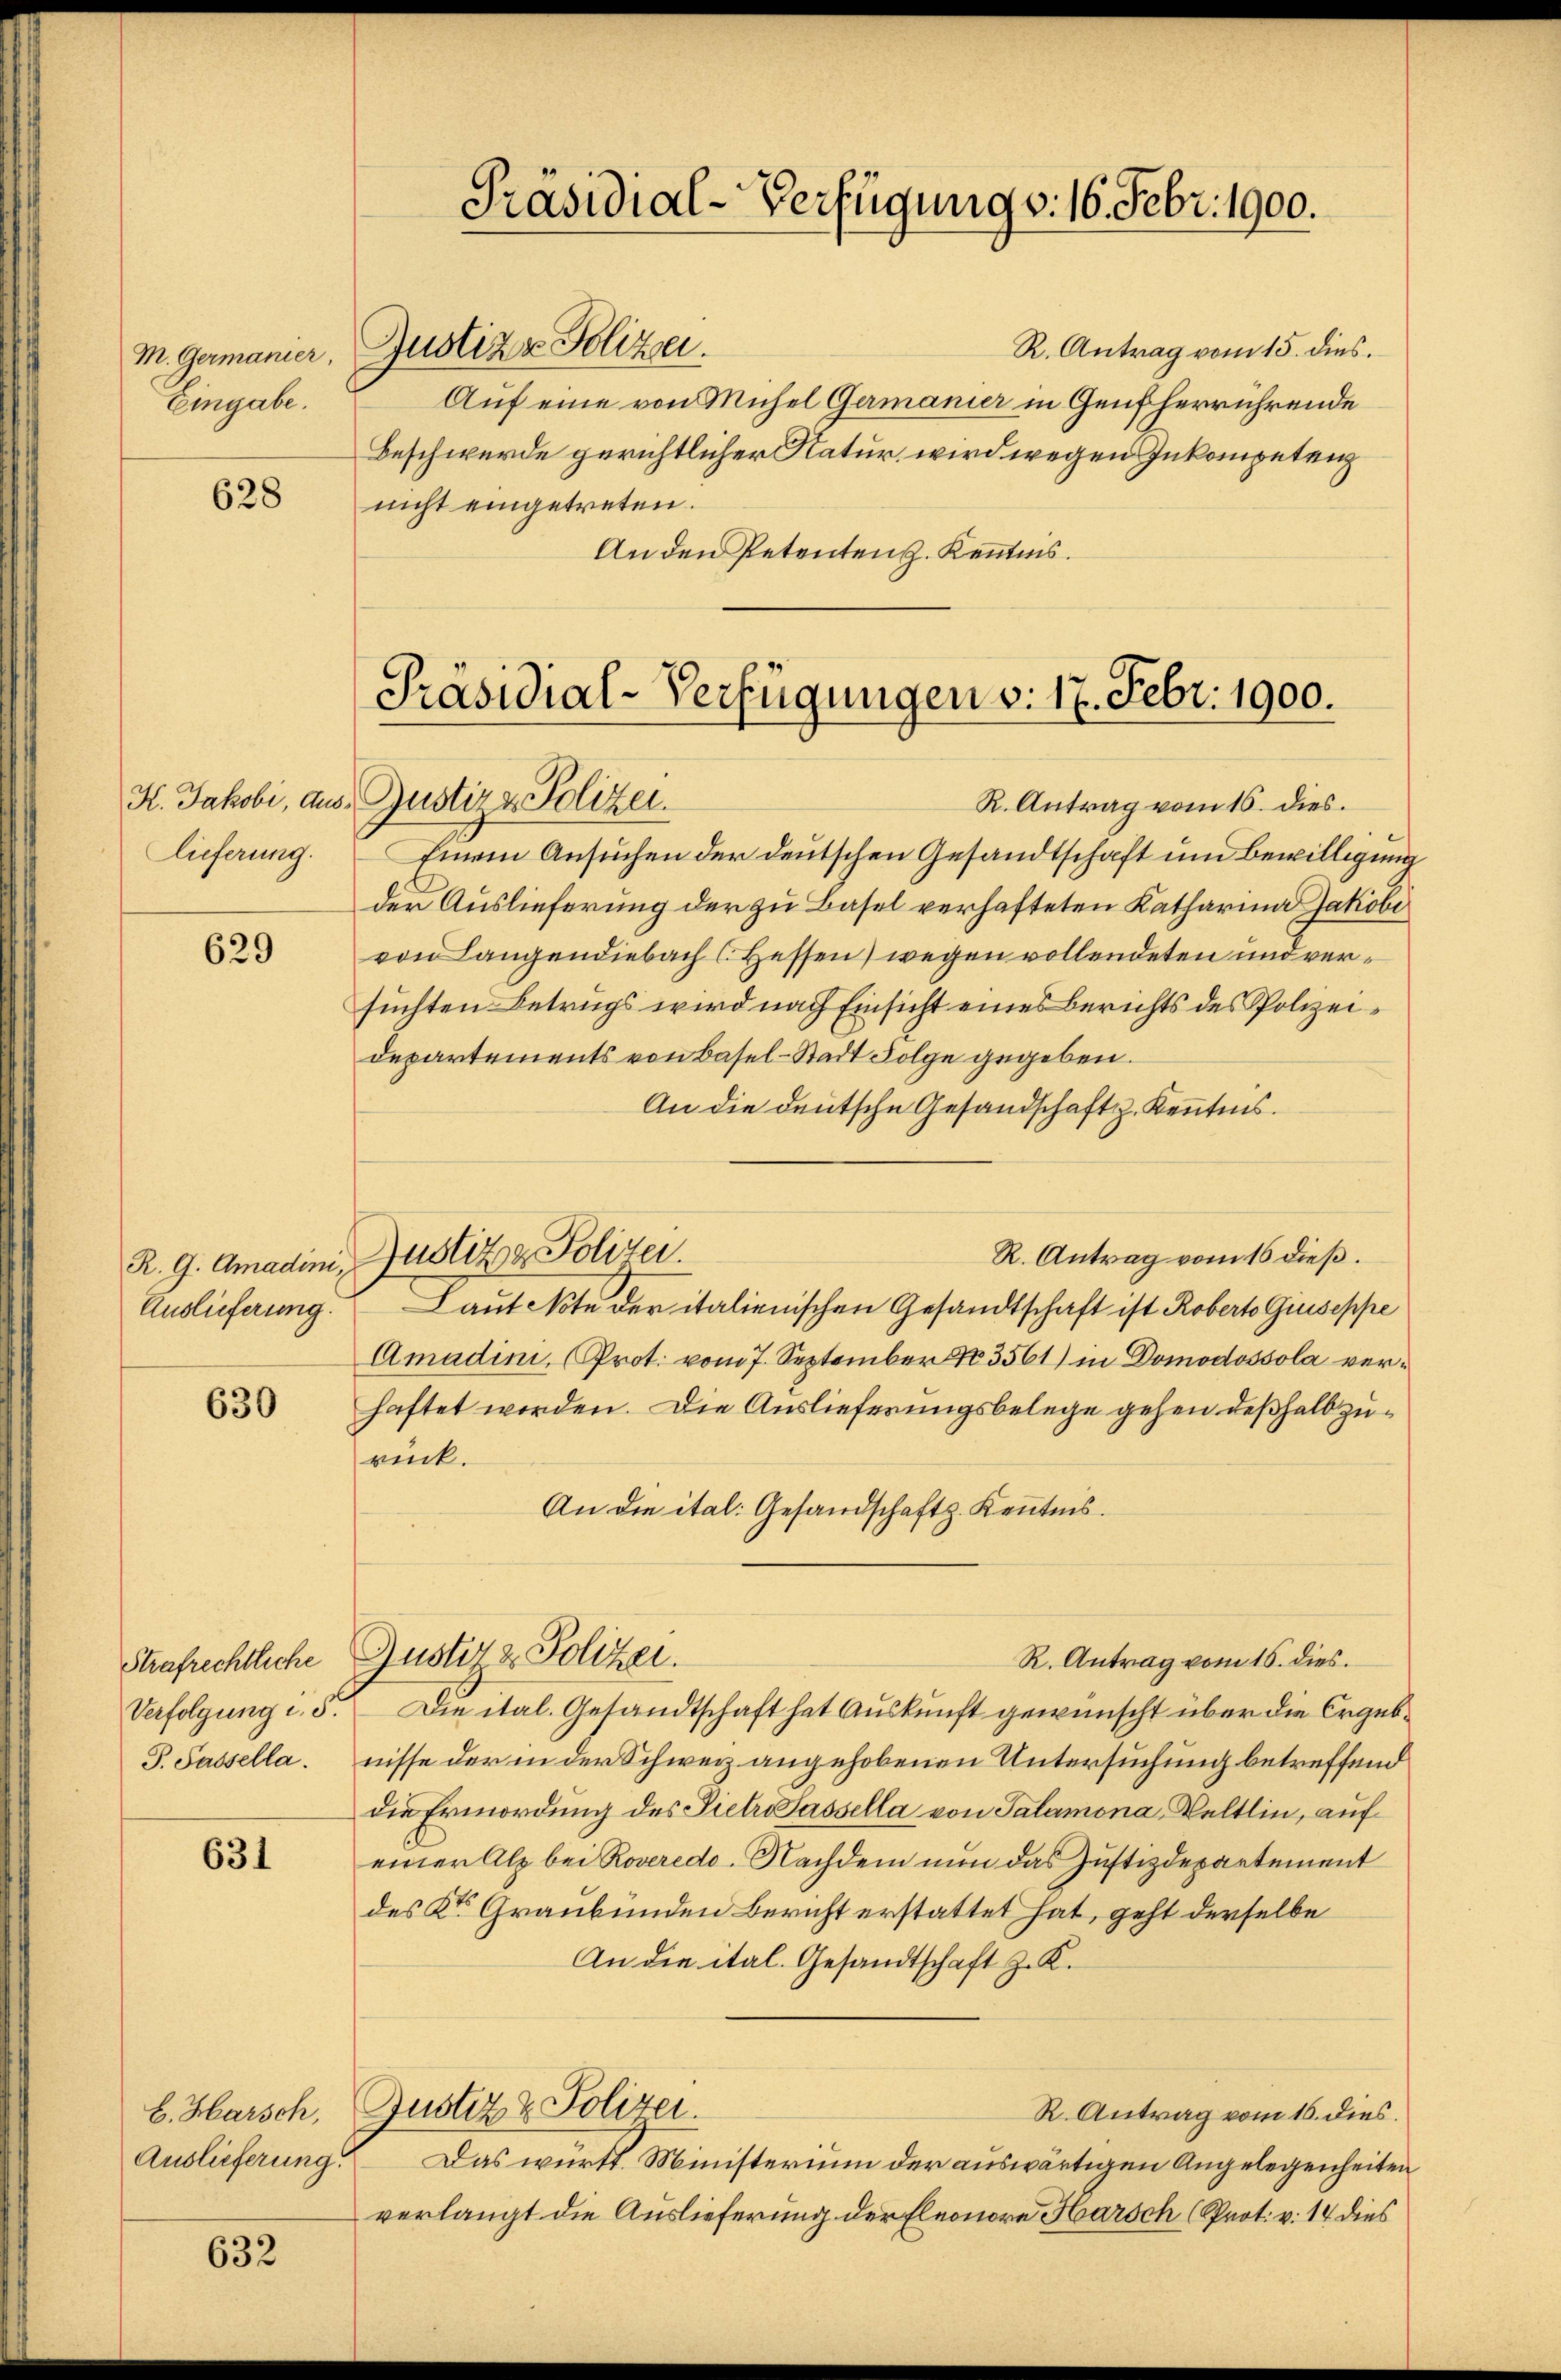
M. Germanier.
Eingabe.

628

lieferung.

629

R. G. Amadini,
Auslieferung.

630

Strafrechtliche
Verfolgung d. 5.
P. Passella.

631

E. Harsch,
Auslieferung.

632

R. Antrag vom 15. dies.
Justiz & Polizei.
Auf eine von Michel Germanier in Genfherrührende
Beschwerde gerichtlicher Natur, wird wegen Inkompetenz
nicht eingetreten.
An den Petenten z. Kenntnis.

Präsidial-Verfügung d. 16. Febr. 1900.

Präsidial-Verfügungen v. 17. Febr. 1900.
K. Jakobi, aus Justiz & Polizei.
R. Antrag vom 16. dies.

Einem Ansuchen der deutschen Gesandtschaft und bewilligung
der Auslieferung der zu Basel verhafteten Katharina Jakobi
von Langendiebach (Hessen) wegen vollendeten und versuchten Betrugs wird nach Einsicht eines Berichts des Polizeidepartements von Basel-Stadt Folge gegeben.
An die deutsche Gesandschaft z. Kenntnis.
R. Antrag vom 16 dieß.
Justiz & Polizei.
Kautete der italienischen Gesandtschaft ist Roberto Giuseppe
Amadini, (Prot. vom 7. September No 3561) in Domodossola verhaftet worden. Die Auslieferungsbelege gehen deßhalb zurück.
An die ital: Gesandschaft z. Kenntnis.
Justiz & Polizei.
R. Antrag vom 16. dies.
Die ital. Gesandtschaft hat Auskunft gewünscht über die Ergebnisse der in der Schweiz angehobenen Untersuchung betreffend
die Ermordung des Pietri sassella von Salamona, Veltlin, auf
einer Alp bei Roveredo. Nachdem nun das Justizdepartement
des Kr. Graubünden Bericht erstattet hat, geht derselbe
An die ital. Gesandtschaft z. K.
Justiz & Polizei.
R. Antrag vom 16. dies.
Das württ. Ministerium der auswärtigen Angelegenheiten
verlangt die Auslieferung der Eleonore Harsch (Prot. v. 14 dies